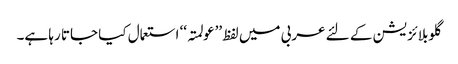
گلوبلائزیشن کے لئے عربی میں لفظ ’’عولمتہ‘‘ استعمال کیا جاتا رہا ہے۔